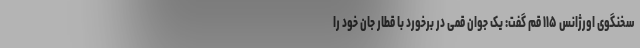
سخنگوی اورژانس ۱۱۵ قم گفت: یک جوان قمی در برخورد با قطار جان خود را